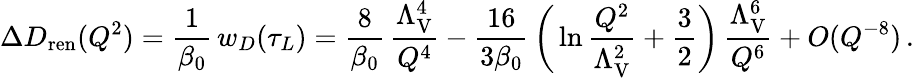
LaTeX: \Delta D_{\mathrm{ren}}(Q^{2})={\frac{1}{\beta_{0}}}\, w_{D}(\tau_{L})={\frac{8}{\beta_{0}}}\, {\frac{\Lambda_{\mathrm{V}}^{4}}{Q^{4}}}-{\frac{16}{3\beta_{0}}}\, \bigg(\ln{\frac{Q^{2}}{\Lambda_{\mathrm{V}}^{2}}}+{\frac{3}{2}}\bigg)\, {\frac{\Lambda_{\mathrm{V}}^{6}}{Q^{6}}}+O(Q^{-8})\, .